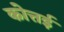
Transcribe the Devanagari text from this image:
कोत्तई